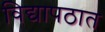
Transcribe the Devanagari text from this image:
विद्यापठात